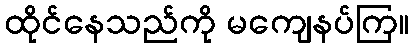
ထိုင်နေသည်ကို မကျေနပ်ကြ။